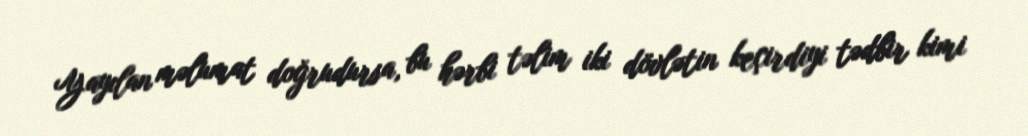
Yayılan məlumat doğrudursa, bu hərbi təlim iki dövlətin keçirdiyi tədbir kimi